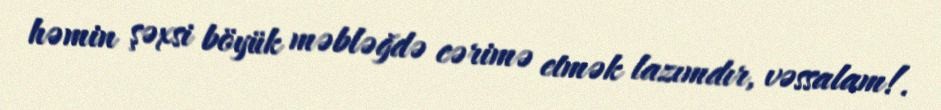
həmin şəxsi böyük məbləğdə cərimə etmək lazımdır, vəssalam!.